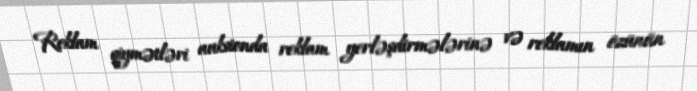
Reklam qiymətləri auksionda reklam yerləşdirmələrinə və reklamın özünün